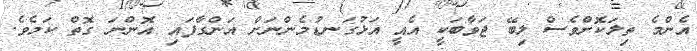
އެންމެ ތިލަކޮށްވެސް ލިބޭ ޖަވާބަކީ އެއީ އަޅުގަނޑުމެންނަށް އަންގާފައި އޮންނަ ގޮތް ކަމެވެ.